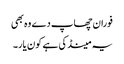
فوران چھاپ دے وہ بھی
یہ مینڈکی ہے کون یار۔